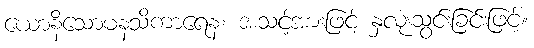
ယောနိသောမနသိကာရေန၊ အသင့်အားဖြင့် နှလုံးသွင်းခြင်းဖြင့်။